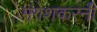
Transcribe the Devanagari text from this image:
मंगेशकरनी